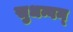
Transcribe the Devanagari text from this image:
सुधन्वन्‌